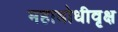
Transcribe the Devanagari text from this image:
महाबोधीवृक्ष